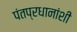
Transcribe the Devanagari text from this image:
पंतप्रधानांशी